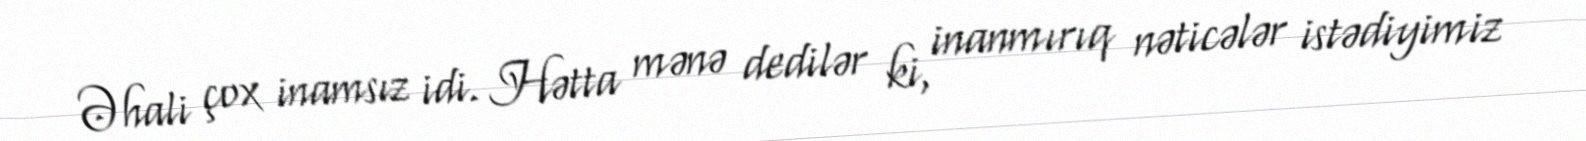
Əhali çox inamsız idi. Hətta mənə dedilər ki, inanmırıq nəticələr istədiyimiz